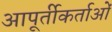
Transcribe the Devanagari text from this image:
आपूर्तीकर्ताओं